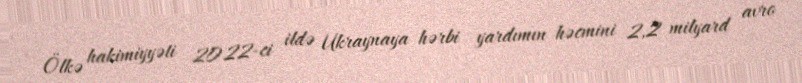
Ölkə hakimiyyəti 2022-ci ildə Ukraynaya hərbi yardımın həcmini 2,2 milyard avro